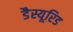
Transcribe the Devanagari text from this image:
डैस्यूरिड